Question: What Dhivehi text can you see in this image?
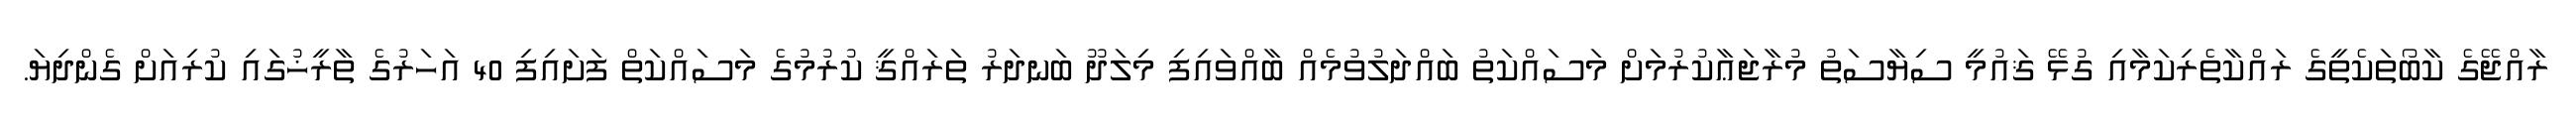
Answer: ރާއްޖޭގެ ކާބޯތަކެތީގެ ރައްކާތެރިކަމާއި ގުޅޭ ޤައުމީ ސިޔާސަތު މުރާޖަޢާކުރުމަށް މަސައްކަތު ބައްދަލުވުމެއް ބާއްވައިފި މިލަދޫ ބަނދަރު ތަރައްޤީ ކުރުމުގެ މަސައްކަތް ފަށައިފި 40 އަހަރުގެ ތާރީޚުގައި ކުރިއަށް ގެންދިޔަ.